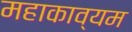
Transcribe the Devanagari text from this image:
महाकाव्यम